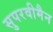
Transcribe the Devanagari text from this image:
सुपरवीमैन